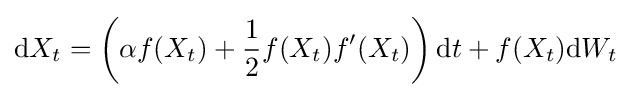
\mathrm {d} X_{t}=\left(\alpha f(X_{t})+{\frac {1}{2}}f(X_{t})f'(X_{t})\right)\mathrm {d} t+f(X_{t})\mathrm {d} W_{t}